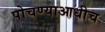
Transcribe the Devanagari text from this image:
पोचण्याआधीच